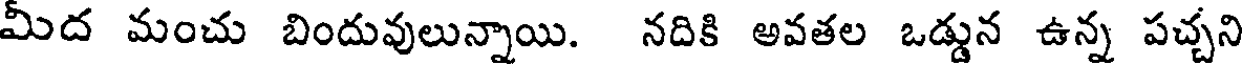
మీద మంచు బిందువులున్నాయి. నదికి అవతల ఒడ్డున ఉన్న పచ్చని